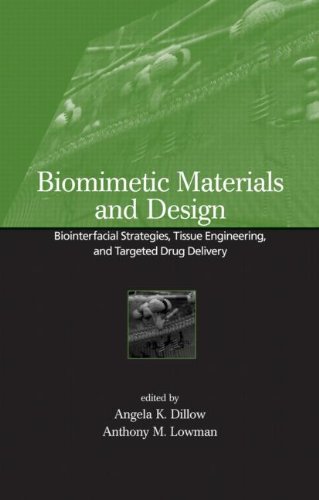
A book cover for Biomimetic Materials And Design: Biointerfacial Strategies, Tissue Engineering And Targeted Drug Delivery (Manufacturing Engineering & Materials Processing); Medical Books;